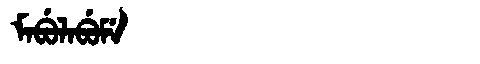
Manchu: ᠮᠠᠪᡠᠯᠠᠪᡠᠮᡝ
Romanization: MABULABUME